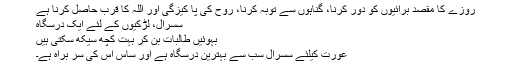
روزے کا مقصد برائیوں کو دور کرنا، گناہوں سے توبہ کرنا، روح کی پا کیزگی اور اللہ کا قرب حاصل کرنا ہے
سُسرال، لڑکیوں کے لئے ایک درسگاہ
بہوئیں طالبات بن کر بہت کچھ سیکھ سکتی ہیں
عورت کیلئے سسرال سب سے بہترین درسگاہ ہے اور ساس اس کی سر براہ ہے۔